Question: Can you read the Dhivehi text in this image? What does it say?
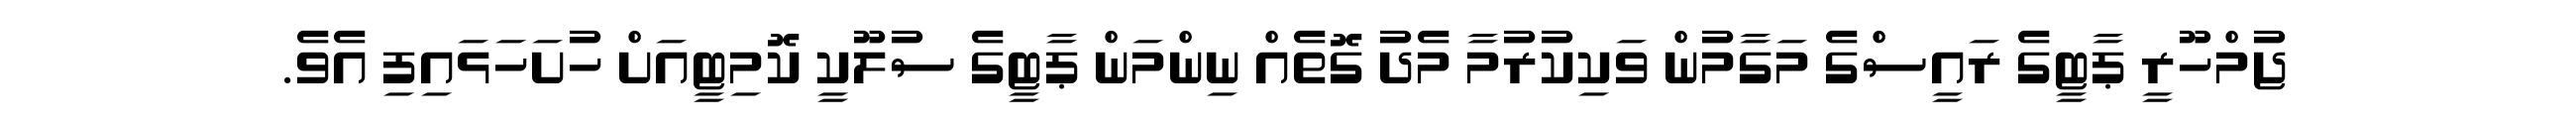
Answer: ޖުމްހޫރީ ޕާޓީގެ ރައީސްގެ މަގާމުން ވަކިކުރުމާ މެދު ގޮތެއް ނިންމަން ޕާޓީގެ ސުލޫކީ ކޮމިޓީއަށް ހުށަހަޅައިފި އެވެ.